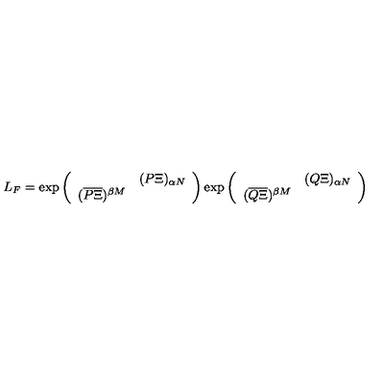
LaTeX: L _ { F } = \exp \left( \begin{array} { c c } { } & { ( P \Xi ) _ { \alpha N } } \\ { ( \overline { { P \Xi } } ) ^ { \beta M } } & { } \\ \end{array} \right) \exp \left( \begin{array} { c c } { } & { ( Q \Xi ) _ { \alpha N } } \\ { ( \overline { { Q \Xi } } ) ^ { \beta M } } & { } \\ \end{array} \right)